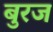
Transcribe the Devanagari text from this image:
बुरज